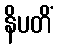
နိပတိံ